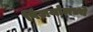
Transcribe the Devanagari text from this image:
पिंजर्यामध्ये